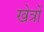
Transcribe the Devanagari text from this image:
खेत्रों